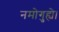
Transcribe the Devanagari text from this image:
नमोगुह्ये।